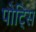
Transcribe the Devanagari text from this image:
पोट्सि